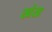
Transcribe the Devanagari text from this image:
खंख